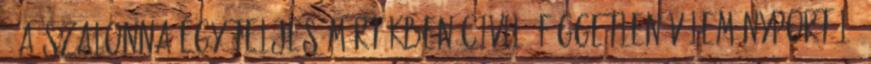
A Szalonna egy teljes mértékben civil, független véleményportál.